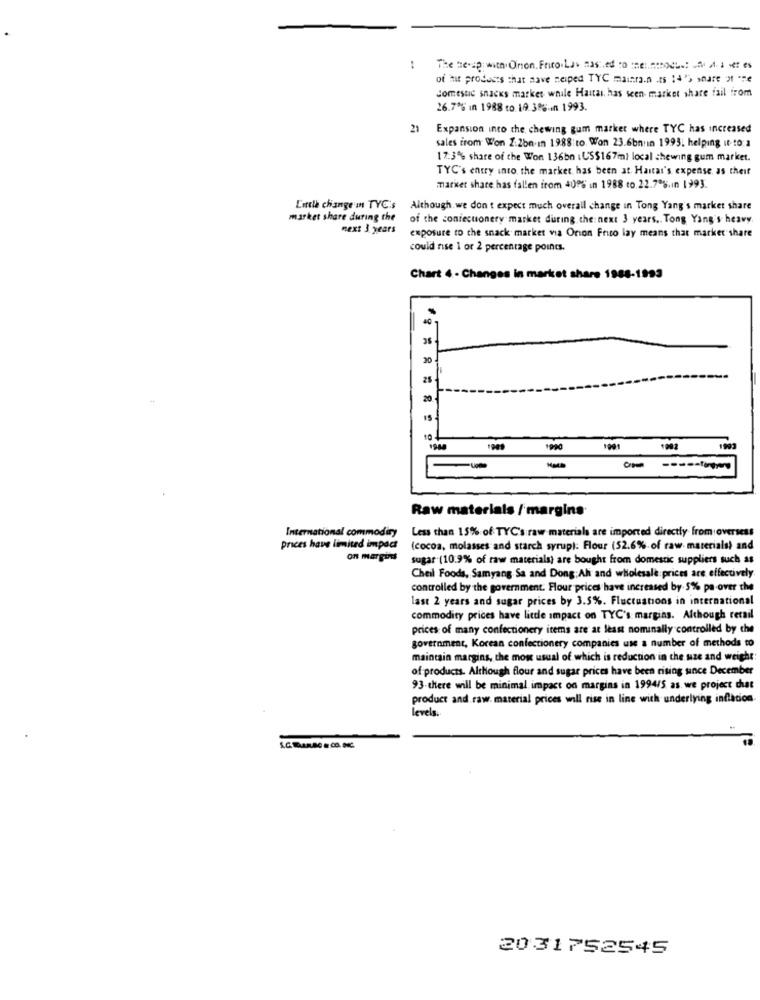
:
The te-up with Onion. Frito.Las nasi.ed to :nel.nous 4-1 es
of hit products that nave neiped TYC mainran ts 14'> share ot -ze
domestic snacks market whale Haitai. has seen market share fail from
26.7% in 1988 to 19 3% in 1993.
Expansion into the chewing gum market where TYC has increased
sales from Won Z:2bn in 1988 to. Won 23.6bn:in 1993. helping it-to:1
17.3% share of the Won 136bn : US$167m) local chewing gum market.
TYC's entry into the market has been at Haitar's expense. as theit
market share has fallen from 409% in 1988 to.22.7 %.ın 1993.
Little change'in TYC's Although we don't expect much overall change in Tong Yang's market share
market share during the
of the confectionery market during the next 3 years .. Tong Yang's heavy
next 3 years
exposure to the snack market via Orion Frito lay means that market share
could rise 1 or 2 percentage points.
Chart 4 - Changes in market share 1988-1993
90
25
15
1990
1001
1002
1993
-um
Raw materials / margins
International commodiry
Less than 15% of TYC's raw materials are imported directly from oversess
prices have limited impact
(cocoa, molasses and starch syrup): Flour (52.6% of raw materials) and
on margits
sugar (10.9% of raw materials) are bought from domestic suppliers such as
Cheil Foods, Samyang Sa and Dong:Ali and wholesale prices are effectively.
controlled by the government. Flour prices have increased by 5% pa-over the
last 2 years and sugar prices by 3.5%. Fluctuations in international
commodity prices have little impact on TYC's margins. Although retail
prices of many confectionery items are at least nominally controlled by che
government, Korean confectionery companies use a number of methods to
maintain margins, che mos usual of which is reduction in the size and weight:
of products. Although flour and sugar prices have been rising since December
93-there will be minimal impact on margins in 1994/5 as we project that
product and raw material prices will rise in line with underlying inflacion
levels.
2031752545